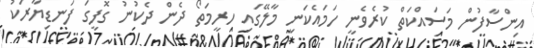
އިންސާފުން މަސައްކަތް ކުރެވެނީ ހަމައެކަނި މާލޭގައި ހރީމަތޯ ދެން ދެކުނު ގޮފީގަ ފަނޑިޔާރަކު